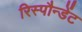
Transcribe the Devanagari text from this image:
रिस्पौन्डेंट